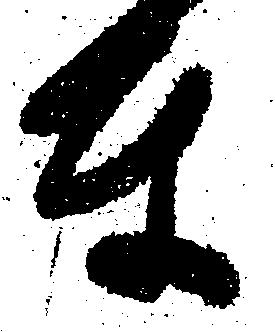
東